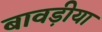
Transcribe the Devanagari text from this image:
बावड़ीया